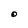
Character: O